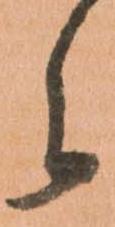
之